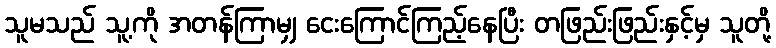
သူမသည် သူ့ကို အတန်ကြာမျှ ငေးကြောင်ကြည့်နေပြီး တဖြည်းဖြည်းနှင့်မှ သူတို့